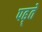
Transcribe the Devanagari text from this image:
पढ़्ते